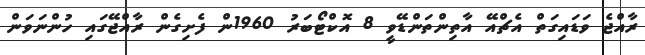
ރާއްޖެ ވަޑައިގަތް އެޗްއޭ އާތިންތަންޑޭވީ 8 އޮކްޓޯބަރު 1960ން ފެށިގެން ރާއްޖޭގައި ހުންނަވަން